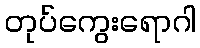
တုပ်ကွေးရောဂါ